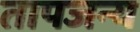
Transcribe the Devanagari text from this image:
तापजन्य